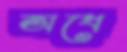
অধে